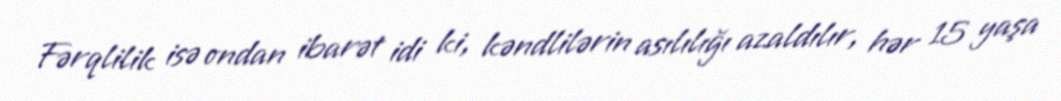
Fərqlilik isə ondan ibarət idi ki, kəndlilərin asılılığı azaldılır, hər 15 yaşa